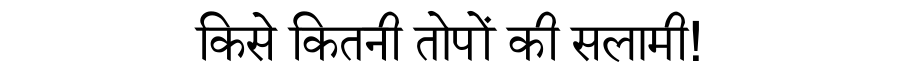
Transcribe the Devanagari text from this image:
किसे कितनी तोपों की सलामी!